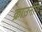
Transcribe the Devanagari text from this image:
क्राउनींग